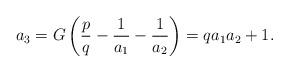
LaTeX: \begin{align*}a_3 = G\left( \frac{p}{q} - \frac{1}{a_1} - \frac{1}{a_2} \right) = qa_1 a_2 + 1. \end{align*}